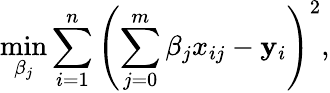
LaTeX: \underset{\beta_{j}}{\operatorname*{min}}\sum_{i=1}^{n}\left(\sum_{j=0}^{m}\beta_{j}x_{ij}-\mathbf{y}_{i}\right)^{2},